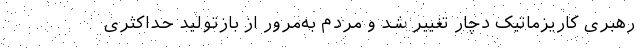
رهبری کاریزماتیک دچار تغییر شد و مردم به‌مرور از بازتولید حداکثری